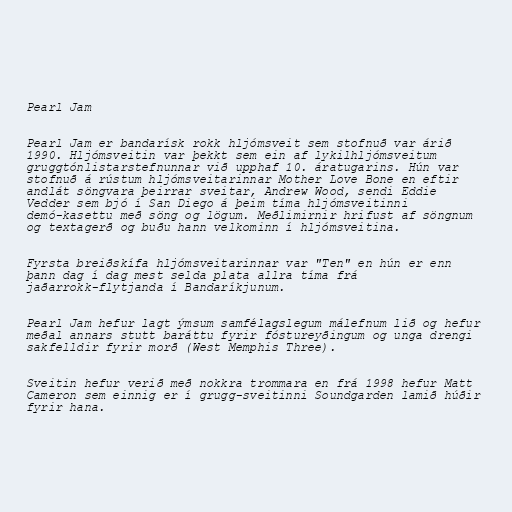
Pearl Jam

Pearl Jam er bandarísk rokk hljómsveit sem stofnuð var árið
1990. Hljómsveitin var þekkt sem ein af lykilhljómsveitum
gruggtónlistarstefnunnar við upphaf 10. áratugarins. Hún var
stofnuð á rústum hljómsveitarinnar Mother Love Bone en eftir
andlát söngvara þeirrar sveitar, Andrew Wood, sendi Eddie
Vedder sem bjó í San Diego á þeim tíma hljómsveitinni
demó-kasettu með söng og lögum. Meðlimirnir hrifust af söngnum
og textagerð og buðu hann velkominn í hljómsveitina.

Fyrsta breiðskífa hljómsveitarinnar var "Ten" en hún er enn
þann dag í dag mest selda plata allra tíma frá
jaðarrokk-flytjanda í Bandaríkjunum.

Pearl Jam hefur lagt ýmsum samfélagslegum málefnum lið og hefur
meðal annars stutt baráttu fyrir fóstureyðingum og unga drengi
sakfelldir fyrir morð (West Memphis Three).

Sveitin hefur verið með nokkra trommara en frá 1998 hefur Matt
Cameron sem einnig er í grugg-sveitinni Soundgarden lamið húðir
fyrir hana.